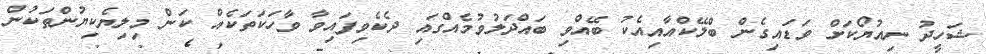
ޝަހީދު ނިއުޔޯކަށް ވަޑައިގެން ބްލޭކްއާއިއެކު ބޭއްވި ބައްދަލުވުމެއްގައި ދެކެވިފައިވާ ވާހަކަތަކެއް ކަން މިލިޔެކިޔުންތަކުން